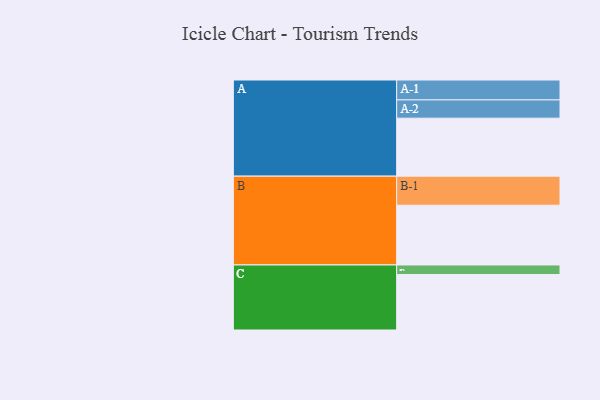
{"axis": {"x": "Segment", "y": "Value"}, "legend": ["", "A", "B", "C"], "data": [{"x": "A", "y": 393, "type": ""}, {"x": "B", "y": 405, "type": ""}, {"x": "C", "y": 376, "type": ""}, {"x": "A-1", "y": 135, "type": "A"}, {"x": "A-2", "y": 124, "type": "A"}, {"x": "B-1", "y": 197, "type": "B"}, {"x": "C-1", "y": 65, "type": "C"}]}